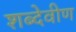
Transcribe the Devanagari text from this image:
शब्देवीण